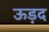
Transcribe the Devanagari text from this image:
ऊड़द